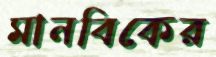
মানবিকের